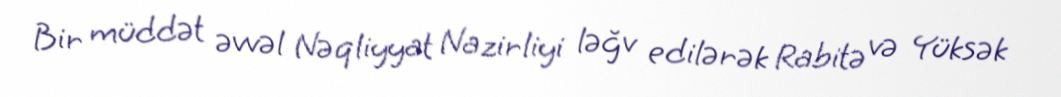
Bir müddət əvvəl Nəqliyyat Nazirliyi ləğv edilərək Rabitə və Yüksək